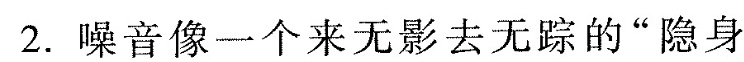
2.噪音像一个来无影去无踪的”隐身